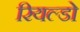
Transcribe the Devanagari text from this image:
रियल्डो